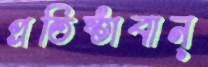
প্রতিষ্ঠাবান্‌